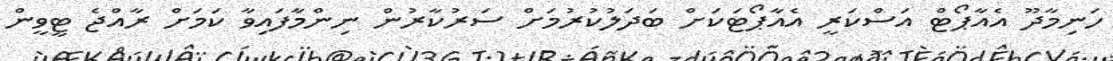
ހަނިމާދޫ އެއާޕޯޓް އަސްކަރީ އެއާޕޯޓަކަށް ބަދަލުކުރުމަށް ސަރުކާރުން ނިންމާފައިވާ ކަމަށް ރާއްޖެ ޓީވީން